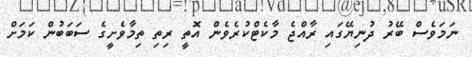
ނަމަވެސް ބޭރު ދުނިޔޭގައި ރާއްޖެ މާކެޓްކުރެވެން އޮތީ ރިތި ތިމާވެށީގެ ސަބަބުން ކަމަށް